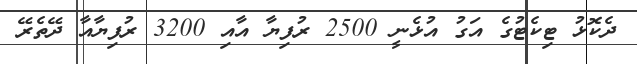
ދެކޮޅު ޓިކެޓުގެ އަގު އުޅެނީ 2500 ރުފިޔާ އާއި 3200 ރުފިޔާއާ ދޭތެރޭ